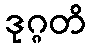
ဒုဂ္ဂတိ